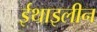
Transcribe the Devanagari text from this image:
ईथाइलीन